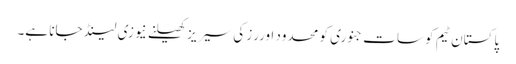
پاکستان ٹیم کو سات جنوری کو محدود اوررز کی سیریز کھیلنے نیوزی لینڈ جانا ہے۔